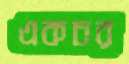
একচর